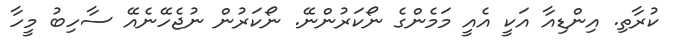
ކުރާތި. އިންޑިއާ އަކީ އެއީ މަމެންގެ ނޯކަރުންނޭ. ނޯކަރުން ނުޖެހޭނެއޭ ސާހިބު މީހާ